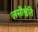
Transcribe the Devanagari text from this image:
लसीश्वेति